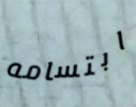
ابتسامه